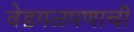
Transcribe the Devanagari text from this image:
वेडगळपणाची